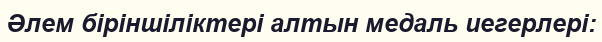
Әлем біріншіліктері алтын медаль иегерлері: